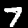
Label: 7